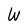
Character: W